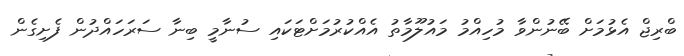
ބްރިޖް އެޅުމަށް ބޭނުންވާ މުހިއްމު މައުލޫމާތު އެއްކުރުމަށްޓަކައި ސުނާމީ ބިނާ ސަރަހައްދުން ފެށިގެން